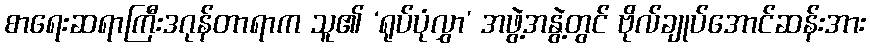
စာရေးဆရာကြီးဒဂုန်တာရာက သူ၏ ‘ရုပ်ပုံလွှာ’ အဖွဲ့အနွဲ့တွင် ဗိုလ်ချုပ်အောင်ဆန်းအား